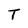
Character: T